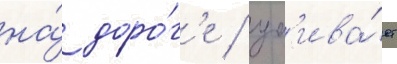
на́ доро́г'е / уб'ива́ет